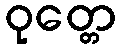
ဝုတ္တေ